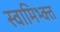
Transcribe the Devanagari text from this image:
स्वामिभ्क्त